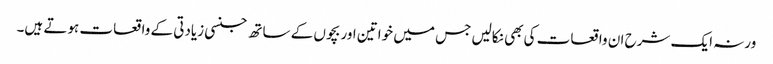
ورنہ ایک شرح ان واقعات کی بھی نکالیں جس میں خواتین اور بچوں کے ساتھ جنسی زیادتی کے واقعات ہوتے ہیں۔